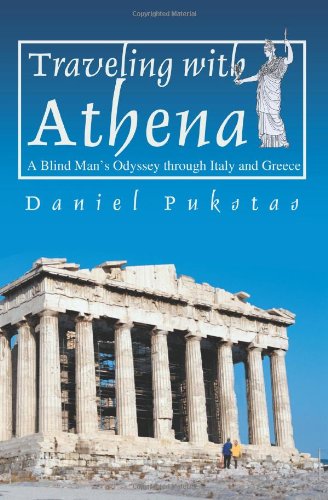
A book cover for Traveling with Athena: A Blind Man's Odyssey through Italy and Greece; Daniel Pukstas; Travel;